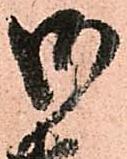
御